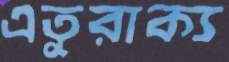
এতুরাক্য